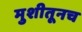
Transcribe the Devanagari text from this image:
मुशीतूनच